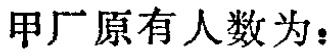
甲厂原有人数为：